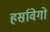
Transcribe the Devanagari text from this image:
हर्सावेगो